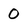
Character: 0